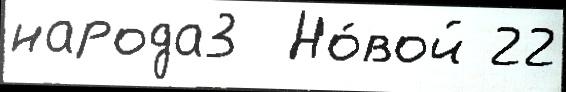
народа3  Но́вой 22